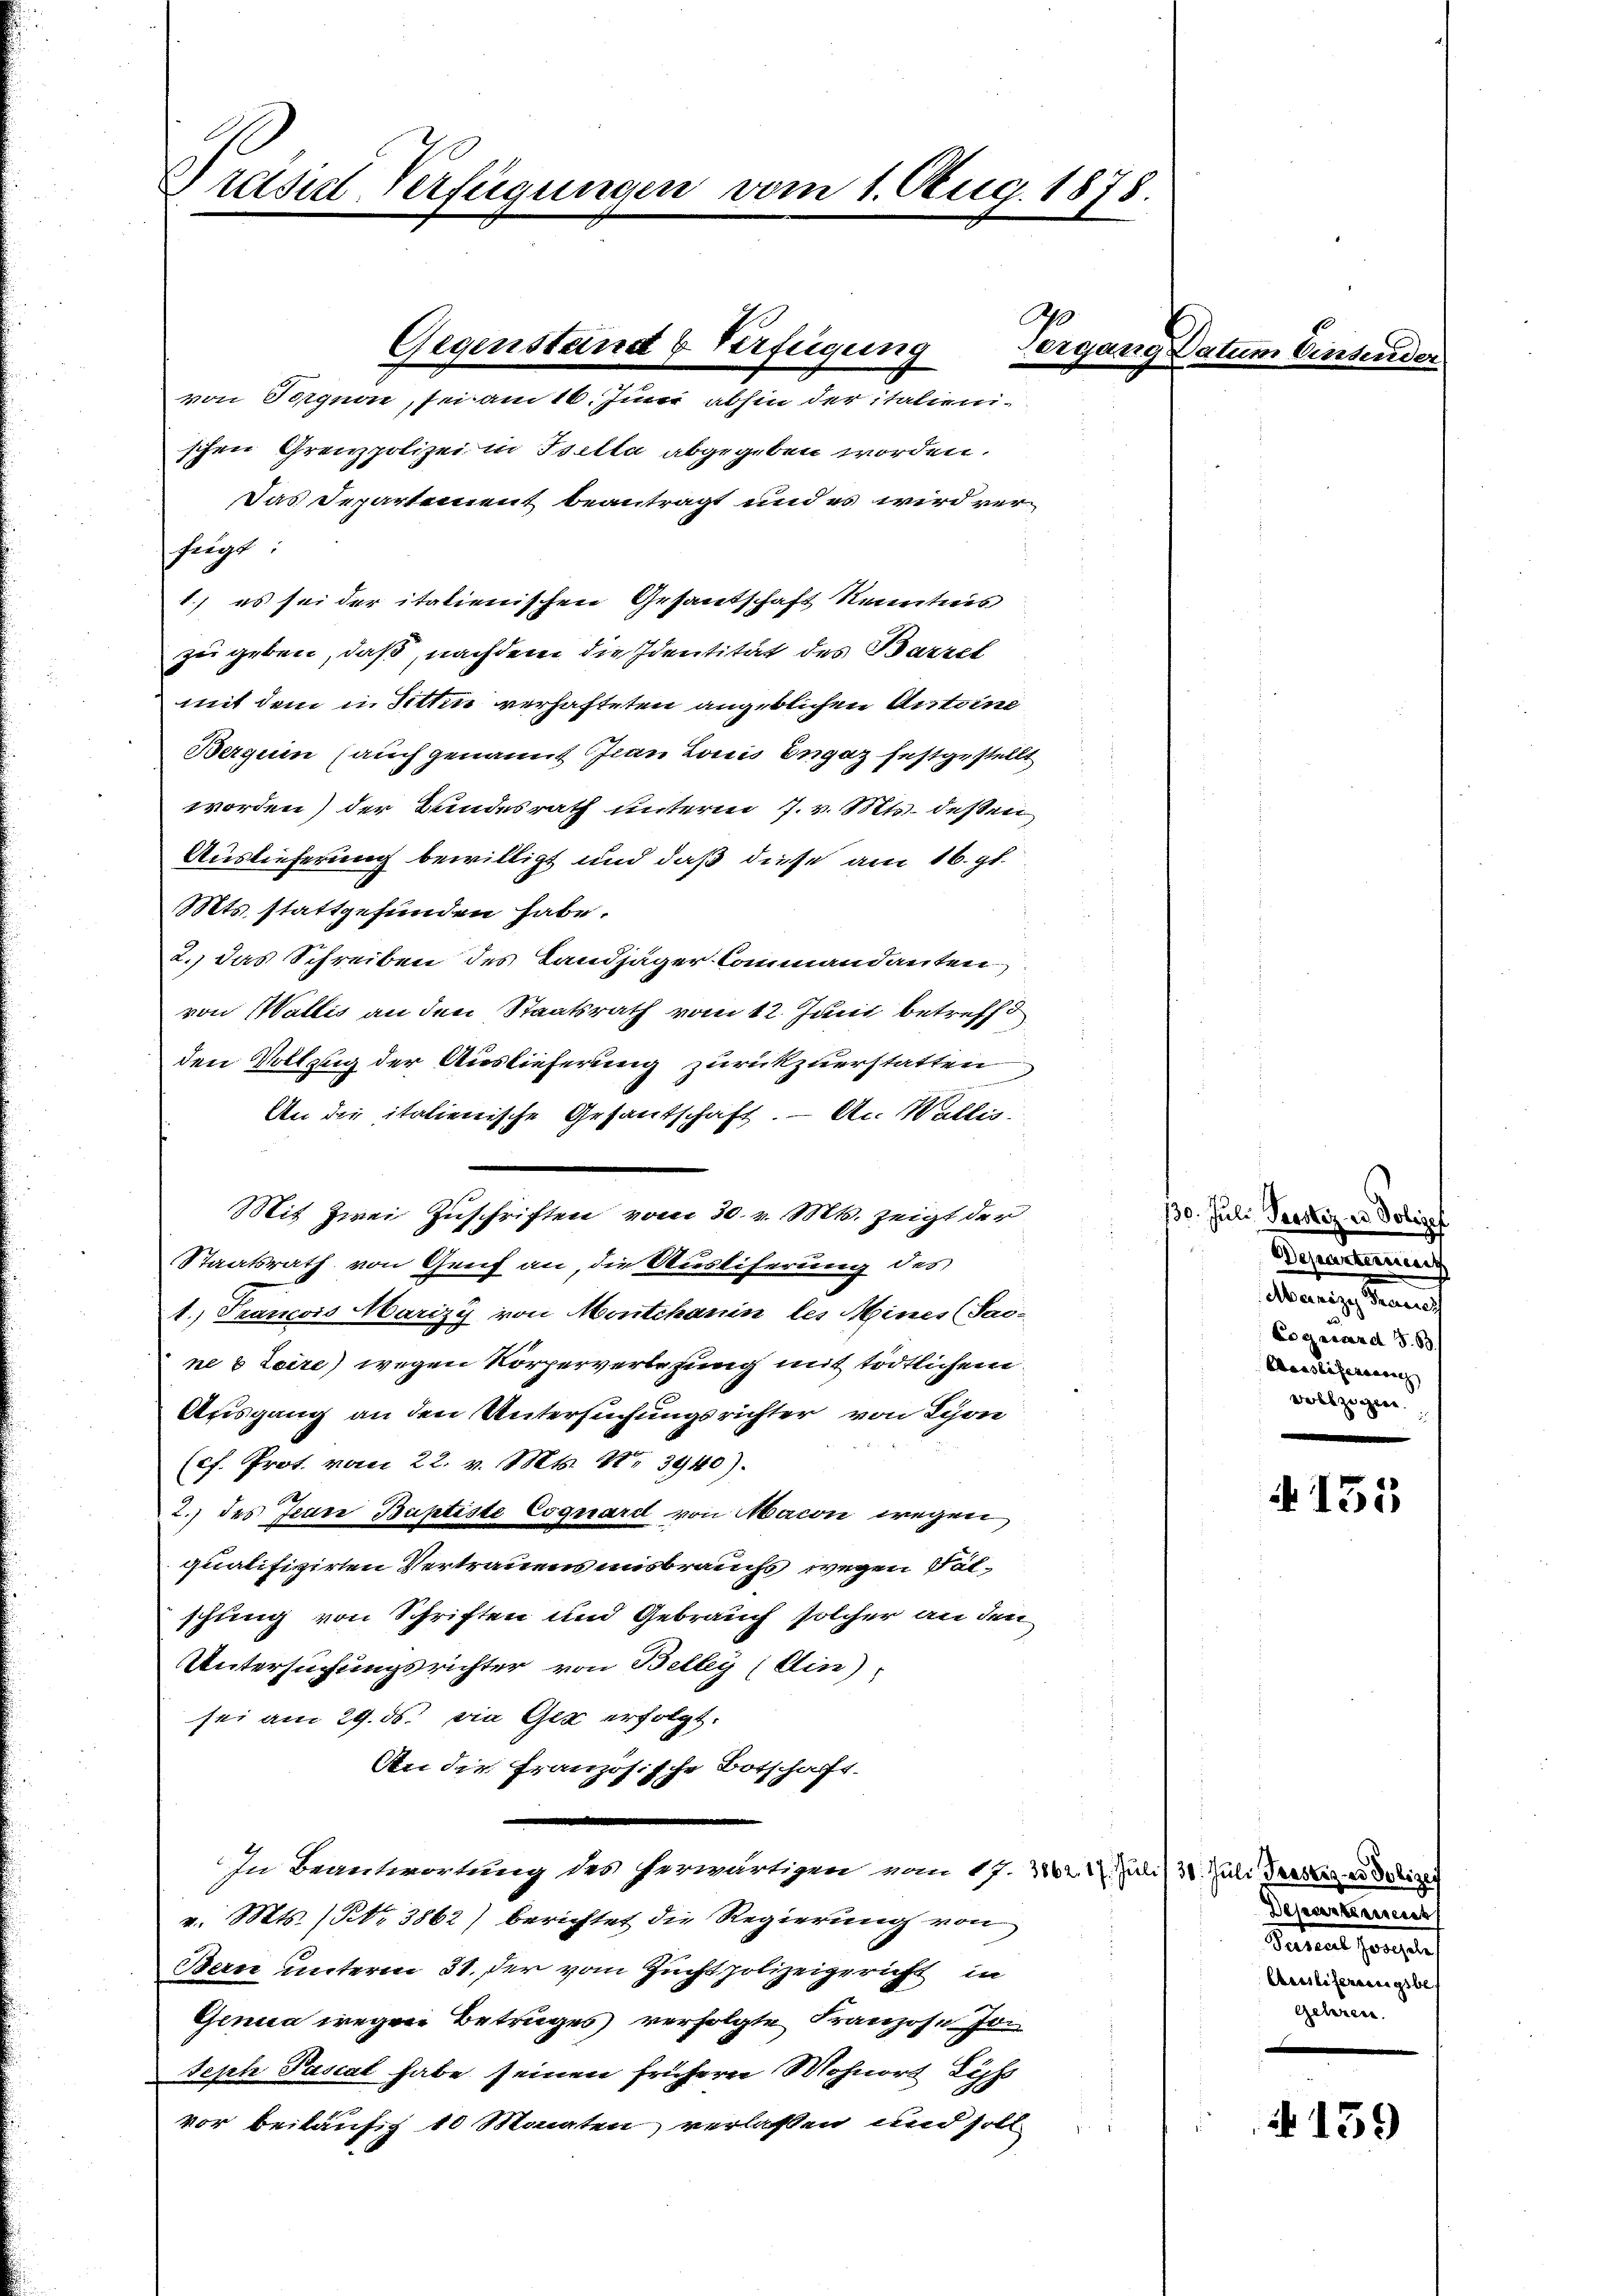
Drasie Verfügungen vom 1. Aug. 1878.

schen Grenzpolizei in Isella abgegeben worden.
Das Departement beantragt und es wird ver¬
1.) es sei der italienischen Gesantschaft Kenntnis
zu geben, daß, nachdem die Identität des Barzel
mit dem in Sitten verhafteten angeblichen Antone
Berguen (auch genannt an Louis Engaz festgestellt
worden) der Bundesrath unterm 7. v. Mts. deßen
Auslieferung bewilligt und daß diese am 16. gl.
Mts. stattgefunden habe.
2.) das Schreiben des Landjäger Commandanten
von Wallis an den Staatsrath vom 12. Juni betreffe
den Vollzug der Auslieferung zurückzuerstatten
.
An die italienische Gesantschaft. – An Wallis.
Mit Zwei Zuschriften vom 30. v. Mts. zeigt der
Staatsrath von Genf an, die Ausliferung des
1.) Francois Marizy von Montchanin les Mines (Sac-
ne 6 Laire) wegen Körperverlesung mit tödtlichem
Ausgang an den Untersuchungsrichter von Spon
(cf. Prot. vom 22. v. Mts. No 3940).
2.) des Jeure Baptiste Coguard von Macon wegen
quatifizirten Vertrauens misbrauchs wegen Fälschung von Schriften und Gebrauch solcher an den
Untersuchungsrichter von Belleg, ein
sei am 29. ds. die Gex erfolgt.
An die französische Botschaft.
.
In Beantwortung des herwärtigen vom 17. di
v. Mts. (No 3862) berichtet die Regierung von
Bern unterm 31. der vom Zuchtpolizeigericht in
Genua wegen Betrages verfolgte Franzose Jo
Seph Pascal habe seinen frühern Mohnort Liss
vor beiläufig 10 Monaten verlassen und soll

fügt:

Gegenstand & Verfügung
von Sorgnon, sei am 16. Juni abhin der italieni¬

Vergang

Datum Einsende

30. Juli Prostiz in Polize
2
Dessanteressert
Manige Kran
Coguard S. B
Sasslicherung
vebzigern.

A 155

130. Juli, Panstes er Polizei
Dessertement
Sarnt hergele
Aesslieferungsbes
gehren.

4139